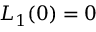
L _ { 1 } ( 0 ) = 0